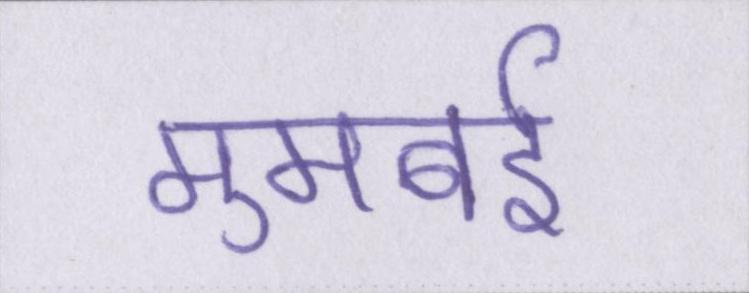
मुमबई